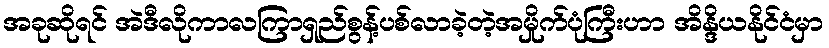
အခုဆိုရင် အဲဒီလိုကာလကြာရှည်စွန့်ပစ်လာခဲ့တဲ့အမှိုက်ပုံကြီးဟာ အိန္ဒိယနိုင်ငံမှာ